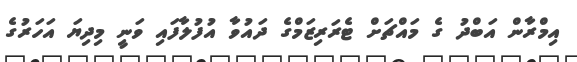
އިމްރާން އަބްދު ގެ މައްޗަށް ޓެރަރިޒަމްގެ ދައުވާ އުފުލާފައި ވަނީ މިދިޔަ އަހަރުގެ